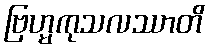
ဗြဟ္မကုသလဿာတိ